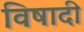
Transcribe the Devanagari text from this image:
विषादी